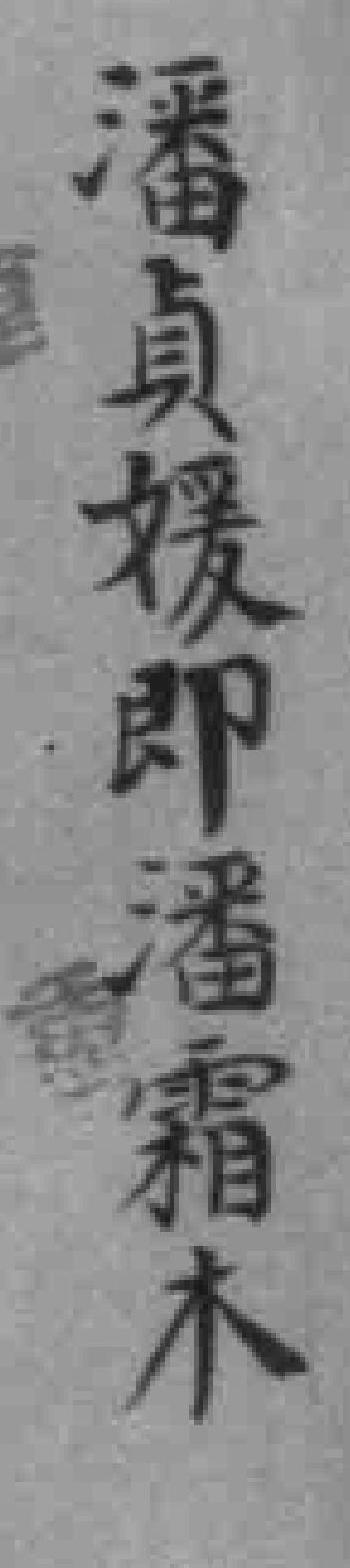
潘貞媛即潘霜木